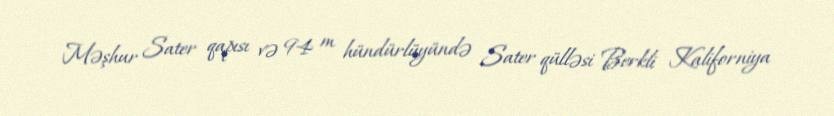
Məşhur Sater qapısı və 94 m hündürlüyündə Sater qülləsi Berkli Kaliforniya